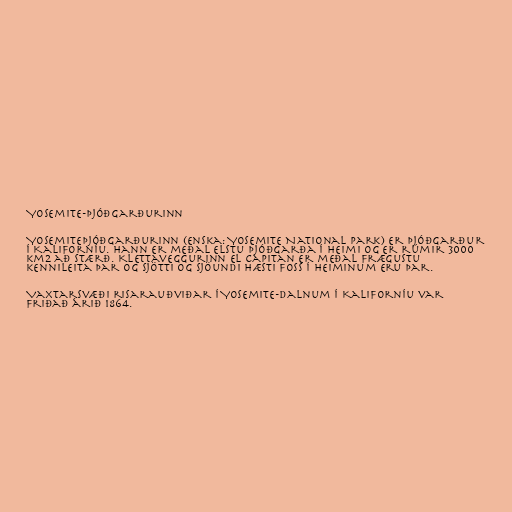
Yosemite-þjóðgarðurinn

Yosemiteþjóðgarðurinn (enska: Yosemite National Park) er þjóðgarður
í Kaliforníu. Hann er meðal elstu þjóðgarða í heimi og er rúmir 3000
km2 að stærð. Klettaveggurinn El Capitan er meðal frægustu
kennileita þar og sjötti og sjöundi hæsti foss í heiminum eru þar.

Vaxtarsvæði risarauðviðar í Yosemite-dalnum í Kaliforníu var
friðað árið 1864.